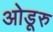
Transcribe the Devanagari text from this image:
ओडूरु